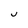
Character: J